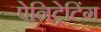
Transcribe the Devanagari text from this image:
पेनिट्रेटिंग